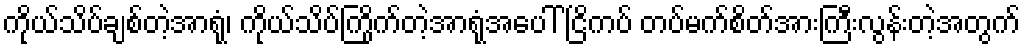
ကိုယ်သိပ်ချစ်တဲ့အာရုံ၊ ကိုယ်သိပ်ကြိုက်တဲ့အာရုံအပေါ် ငြိကပ် တပ်မက်စိတ်အားကြီးလွန်းတဲ့အတွက်